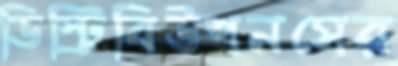
ডিস্ট্রিবিউশনসের